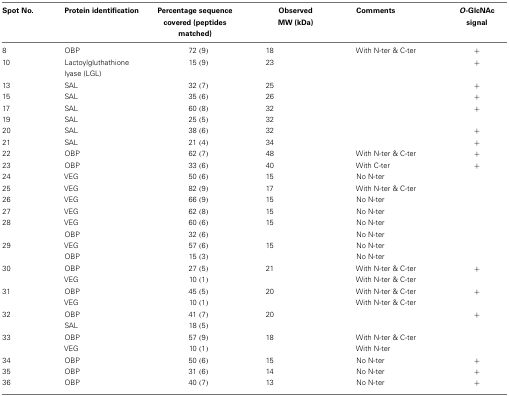
<table><thead><tr><td><b>Spot No.</b></td><td><b>Protein identification</b></td><td><b>Percentage sequence covered (peptides matched)</b></td><td><b>Observed MW (kDa)</b></td><td><b>Comments</b></td><td><b><i>O</i>-GlcNAc signal</b></td></tr></thead><tbody><tr><td>8</td><td>OBP</td><td>72 (9)</td><td>18</td><td>With N-ter &amp; C-ter</td><td>+</td></tr><tr><td>10</td><td>Lactoylgluthathione lyase (LGL)</td><td>15 (9)</td><td>23</td><td></td><td>+</td></tr><tr><td>13</td><td>SAL</td><td>32 (7)</td><td>25</td><td></td><td>+</td></tr><tr><td>15</td><td>SAL</td><td>35 (6)</td><td>26</td><td></td><td>+</td></tr><tr><td>17</td><td>SAL</td><td>60 (8)</td><td>32</td><td></td><td>+</td></tr><tr><td>19</td><td>SAL</td><td>25 (5)</td><td>32</td><td></td><td></td></tr><tr><td>20</td><td>SAL</td><td>38 (6)</td><td>32</td><td></td><td>+</td></tr><tr><td>21</td><td>SAL</td><td>21 (4)</td><td>34</td><td></td><td>+</td></tr><tr><td>22</td><td>OBP</td><td>62 (7)</td><td>48</td><td>With N-ter &amp; C-ter</td><td>+</td></tr><tr><td>23</td><td>OBP</td><td>33 (6)</td><td>40</td><td>With C-ter</td><td>+</td></tr><tr><td>24</td><td>VEG</td><td>50 (6)</td><td>15</td><td>No N-ter</td><td></td></tr><tr><td>25</td><td>VEG</td><td>82 (9)</td><td>17</td><td>With N-ter &amp; C-ter</td><td></td></tr><tr><td>26</td><td>VEG</td><td>66 (9)</td><td>15</td><td>No N-ter</td><td></td></tr><tr><td>27</td><td>VEG</td><td>62 (8)</td><td>15</td><td>No N-ter</td><td></td></tr><tr><td>28</td><td>VEG</td><td>60 (6)</td><td>15</td><td>No N-ter</td><td></td></tr><tr><td></td><td>OBP</td><td>32 (6)</td><td></td><td>No N-ter</td><td></td></tr><tr><td>29</td><td>VEG</td><td>57 (6)</td><td>15</td><td>No N-ter</td><td></td></tr><tr><td></td><td>OBP</td><td>15 (3)</td><td></td><td>No N-ter</td><td></td></tr><tr><td>30</td><td>OBP</td><td>27 (5)</td><td>21</td><td>With N-ter &amp; C-ter</td><td>+</td></tr><tr><td></td><td>VEG</td><td>10 (1)</td><td></td><td>With N-ter &amp; C-ter</td><td></td></tr><tr><td>31</td><td>OBP</td><td>45 (5)</td><td>20</td><td>With N-ter &amp; C-ter</td><td>+</td></tr><tr><td></td><td>VEG</td><td>10 (1)</td><td></td><td>With N-ter &amp; C-ter</td><td></td></tr><tr><td>32</td><td>OBP</td><td>41 (7)</td><td>20</td><td></td><td>+</td></tr><tr><td></td><td>SAL</td><td>18 (5)</td><td></td><td></td><td></td></tr><tr><td>33</td><td>OBP</td><td>57 (9)</td><td>18</td><td>With N-ter &amp; C-ter</td><td></td></tr><tr><td></td><td>VEG</td><td>10 (1)</td><td></td><td>With N-ter</td><td></td></tr><tr><td>34</td><td>OBP</td><td>50 (6)</td><td>15</td><td>No N-ter</td><td>+</td></tr><tr><td>35</td><td>OBP</td><td>31 (6)</td><td>14</td><td>No N-ter</td><td>+</td></tr><tr><td>36</td><td>OBP</td><td>40 (7)</td><td>13</td><td>No N-ter</td><td>+</td></tr></tbody></table>